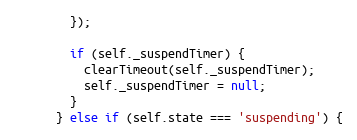
Language: JavaScript
        });

        if (self._suspendTimer) {
          clearTimeout(self._suspendTimer);
          self._suspendTimer = null;
        }
      } else if (self.state === 'suspending') {